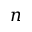
n